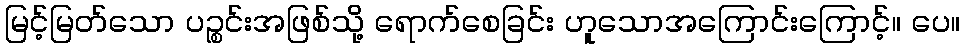
မြင့်မြတ်သော ပဉ္စင်းအဖြစ်သို့ ရောက်စေခြင်း ဟူသောအကြောင်းကြောင့်။ ပေ။